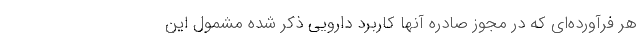
هر فرآورده‌ای که در مجوز صادره‌ آنها کاربرد دارویی ذکر شده مشمول این